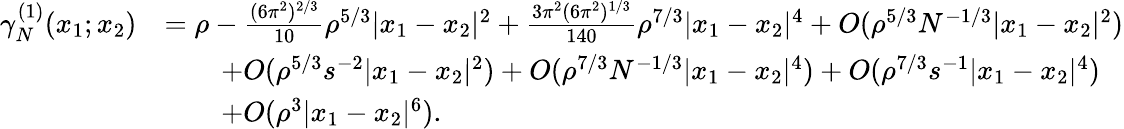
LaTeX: \begin{array}{rl}{\gamma_{N}^{(1)}(x_{1};x_{2})}&{=\rho-\frac{(6\pi^{2})^{2/3}}{10}\rho^{5/3}|x_{1}-x_{2}|^{2}+\frac{3\pi^{2}(6\pi^{2})^{1/3}}{140}\rho^{7/3}|x_{1}-x_{2}|^{4}+O(\rho^{5/3}N^{-1/3}|x_{1}-x_{2}|^{2})}\\ &{\qquad+O(\rho^{5/3}s^{-2}|x_{1}-x_{2}|^{2})+O(\rho^{7/3}N^{-1/3}|x_{1}-x_{2}|^{4})+O(\rho^{7/3}s^{-1}|x_{1}-x_{2}|^{4})}\\ &{\qquad+O(\rho^{3}|x_{1}-x_{2}|^{6}).}\end{array}